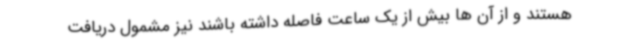
هستند و از آن ها بیش از یک ساعت فاصله داشته باشند نیز مشمول دریافت